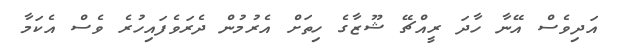
އަދިވެސް އޭނާ ހާދަ ރީއްޗޭ ޝޫޒާގެ ހިތަށް އެރުމުން ދެރަވެފައިހުރެ ވެސް އެކަމާ